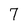
Character: 7